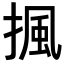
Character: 𢱚